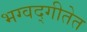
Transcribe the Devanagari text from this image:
भग्वद्गीतेत